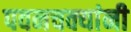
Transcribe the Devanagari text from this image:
पवनचक्यांनी